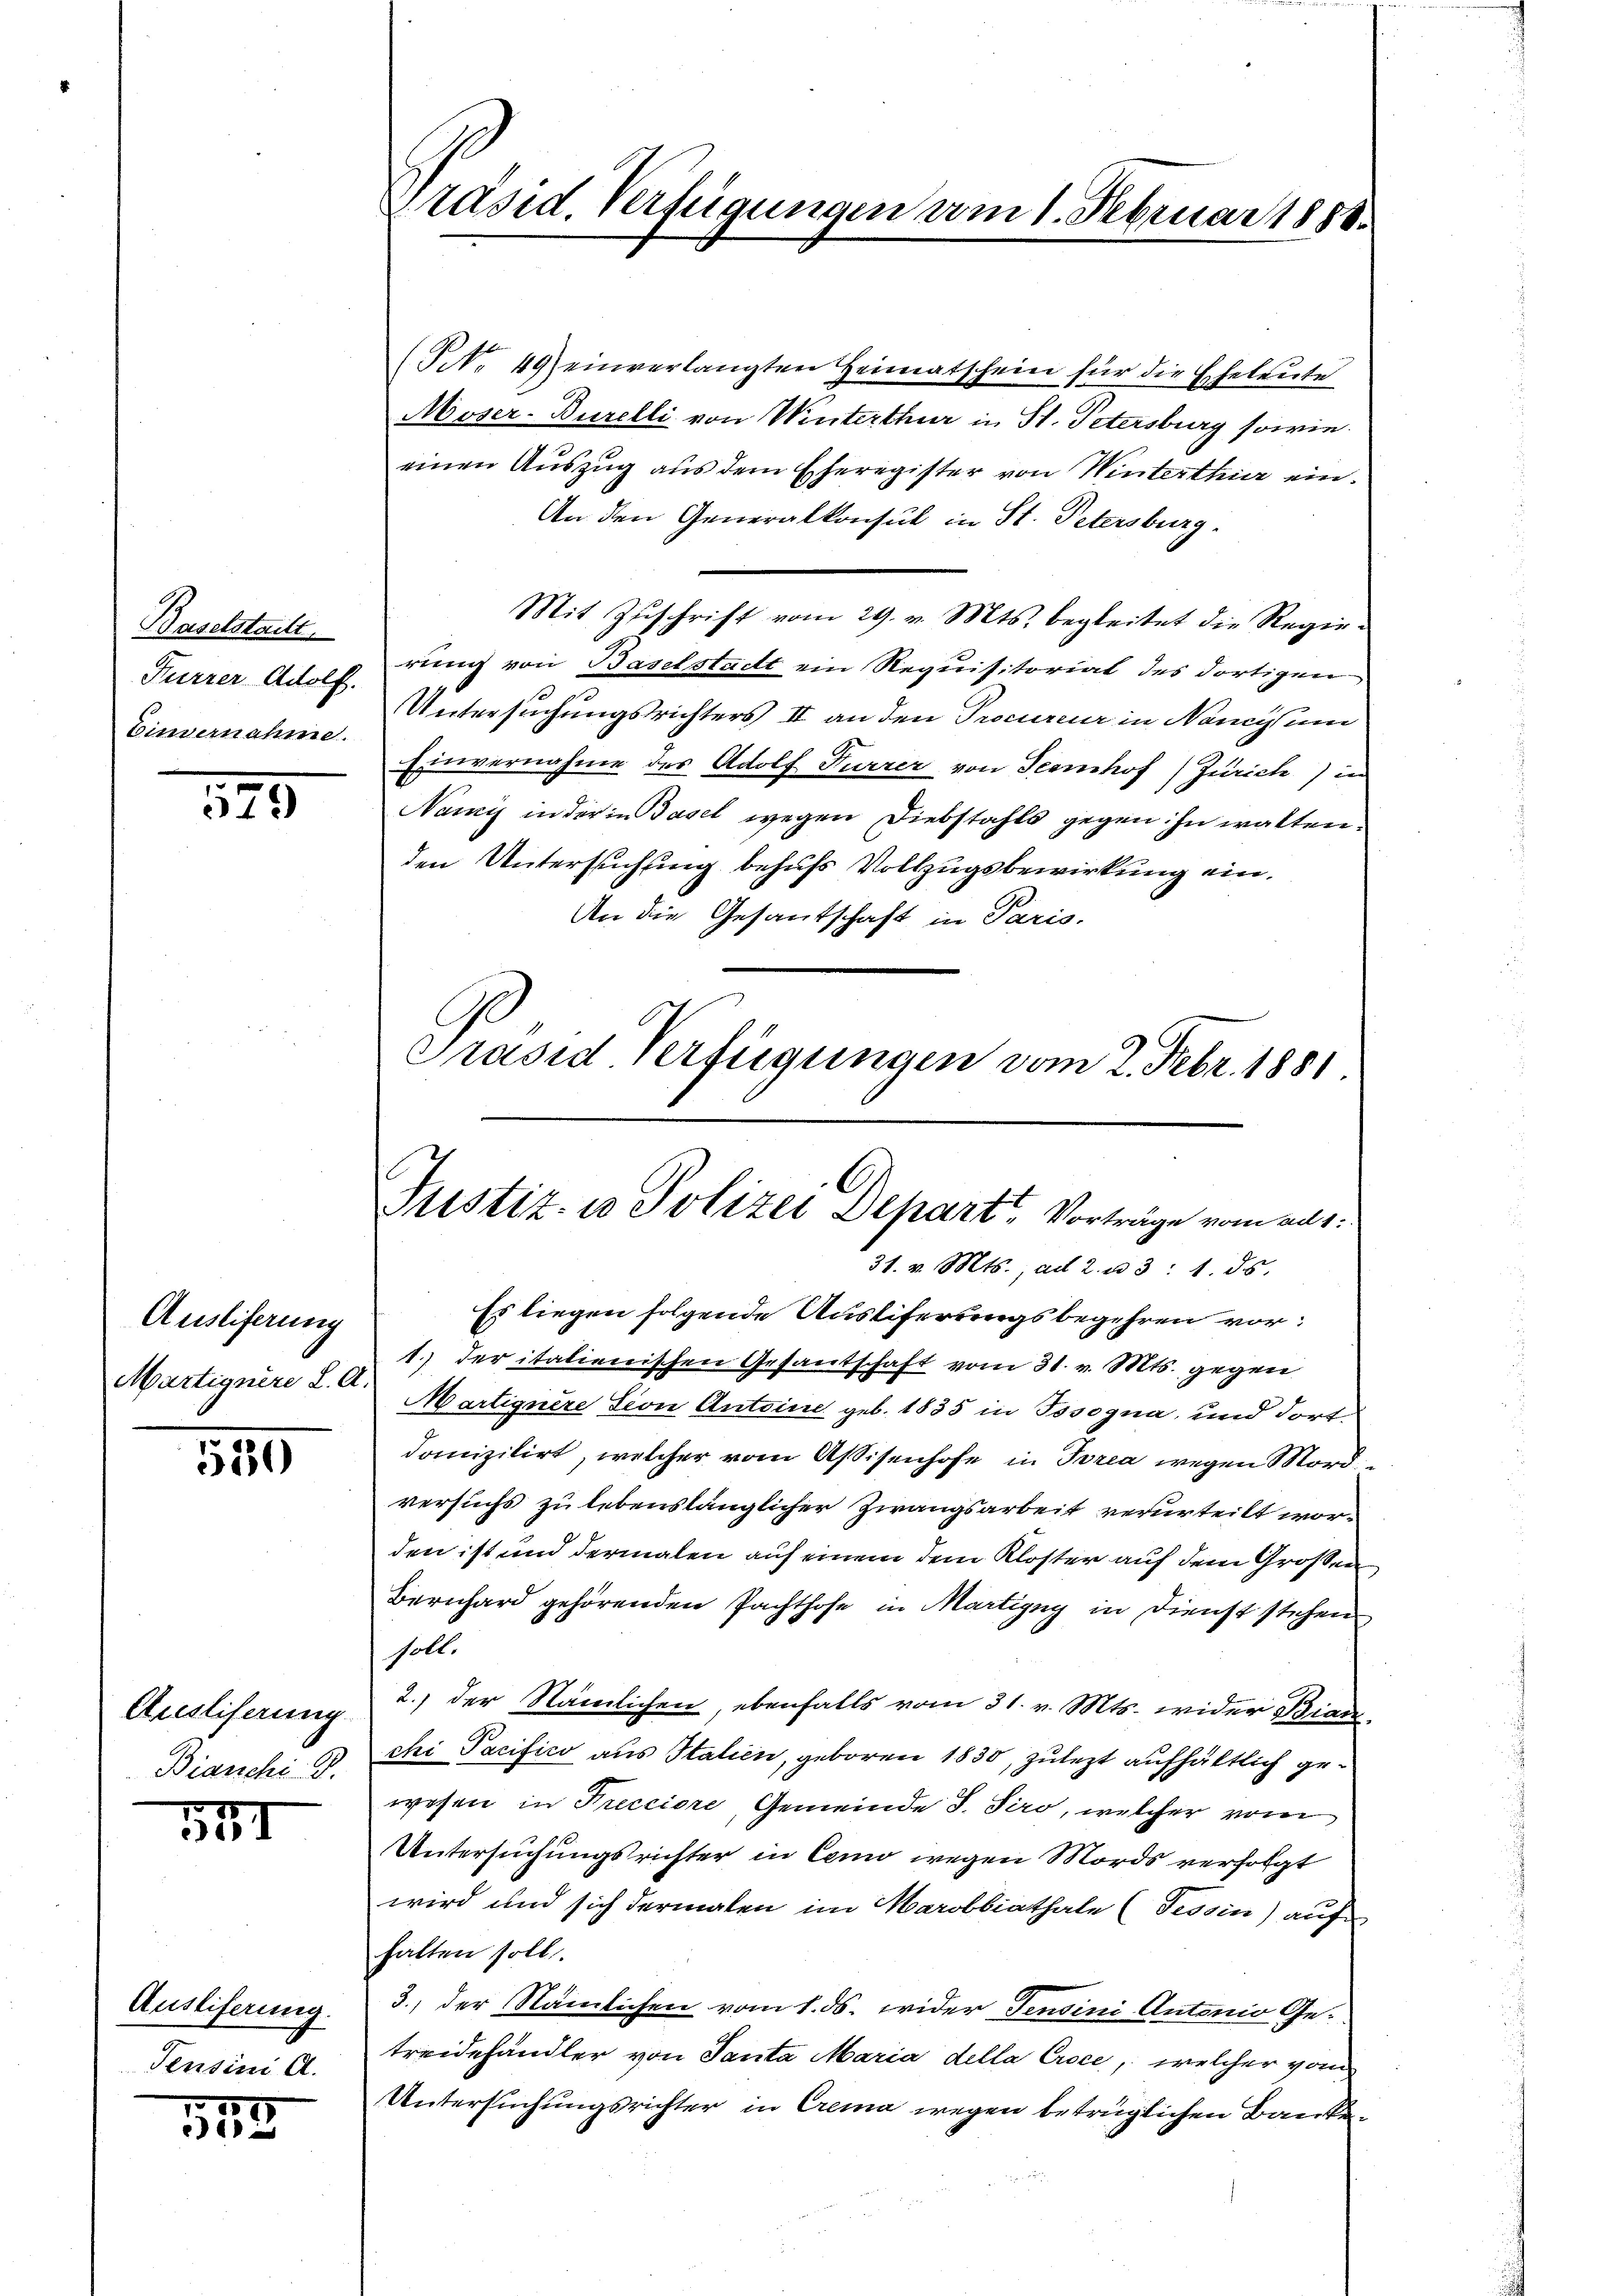
Baselsteilt,
Furrer Adolf.
Einvernahme.

579

Auslieferung
Martignire L. A.

521

Auestiferung
Bianchi. B.

511

Ausliferung.
Pensin A.

515

präsid. Verfügungen vom 1. Februar 188.

(Nr. 49) einverlangten Heimatschein für die Eheleute
Moser-Burelli von Winterthur in St. Petersburg sowie
einen Auszug aus dem Eheregister von Winterthur ein.
An den Generalkonsul in St. Petersburg.
Mit Zuschrift vom 29. v. Mts. begleitet die Regierung von Baselstadt ein Requisitoriat des dortigen
Untersuchungstrichters II an den Procureur in Nancy um
Einvernahme des Adolf Furrer von Seemhof Zürich) in
Namis in der in Basel wegen Diebstahls gegen. In waltenden Untersuchung behufs Vollzugsbewirkung ein¬
An die Gesantschaft in Paris.
Präsid Verfügungen vom 2. Febr. 1881

Justiz in Polizei Depart Vorträge vom aus.

31. v. Mts. ad 2. u 3: 1. ds.
Es liegen folgende Ausliferungsbegehren vor¬
1.) der italienischen Gesantschaft vom 31. v. Mts. gegen
Martignere sion Antoine geb. 1835 in Tosogna, und dortdanizilirt, welcher vom Aßisenhofe in Torea wegen Mordversuchs zu lebenslänglicher Zwangsarbeit verurteilt worden ist und dermalen auf einem dem Kloster auf dem Großen
Bernhard gehörenden Pachthofe in Martigny in Dienst stehen
soll.
2.) der Nämlichen ebenfalls vom 31. v. Mts. wider Bianchi Pacifico aus Italien, geboren 1830, zulezt aufhältlich gewesen in Precciore, Gemeinde J. Siro, welcher vom
Untersuchungsrichter in Como wegen Mords verfolgt
wird und sich dermalen im Marobbiathale (Tessin) auf
halten soll.
3., der Nämlichen vom 1. ds. wider Pensini Antonio Getreidehändler von Santa Maria della Croce, welcher vom
Untersuchungsrichter in Crema wegen betrüglichen Banken¬